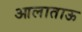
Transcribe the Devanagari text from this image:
आलाताऊ